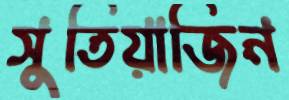
সুতিয়াজিন